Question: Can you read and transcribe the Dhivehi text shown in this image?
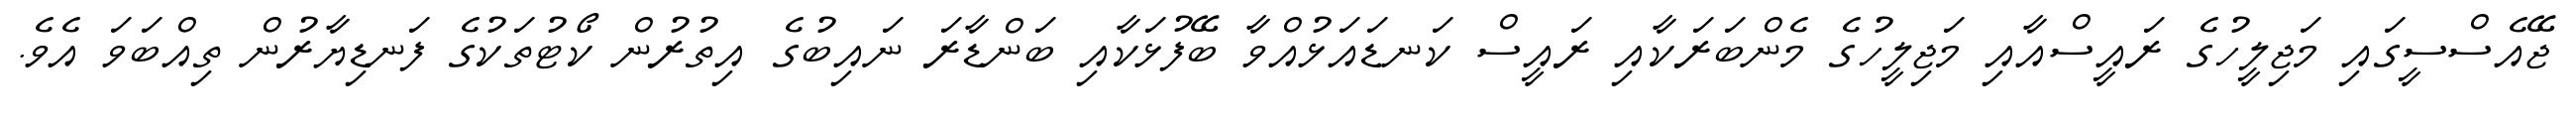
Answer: ޖޭއެސްސީގައި މަޖިލީހުގެ ރައީސްއާއި މަޖިލީހުގެ މެންބަރަކާއި ރައީސް ކަނޑައަޅުއްވާ ބޭފުޅަކާއި ބަންޑާރަ ނައިބުގެ އިތުރުން ކޯޓުތަކުގެ ފަނޑިޔާރުން ތިއްބަވަ އެވެ.